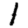
Digit: 1